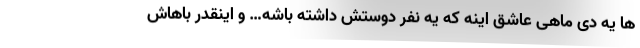
ها یه دی ماهی عاشق اینه که یه نفر دوستش داشته باشه… و اینقدر باهاش